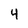
Character: 4